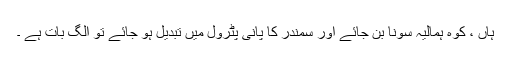
ہاں ، کوہ ہمالیہ سونا بن جائے اور سمندر کا پانی پٹرول میں تبدیل ہو جائے تو الگ بات ہے ۔